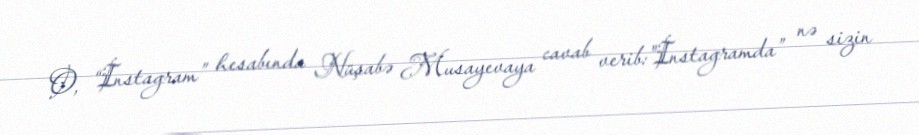
O, “İnstagram” hesabında Nüşabə Musayevaya cavab verib:"İnstagramda” nə sizin